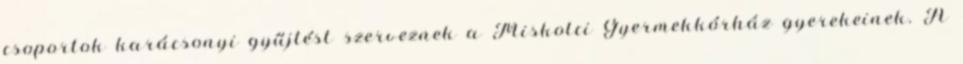
csoportok karácsonyi gyűjtést szerveznek a Miskolci Gyermekkórház gyerekeinek. A